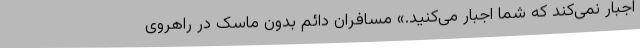
اجبار نمی‌کند که شما اجبار می‌کنید.» مسافران دائم بدون ماسک در راهروی